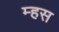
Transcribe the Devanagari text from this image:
म्हस